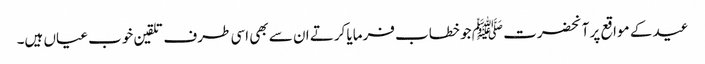
عید کے مواقع پر آنحضرت ﷺ جو خطاب فرمایا کرتے ان سے بھی اسی طرف تلقین خوب عیاں ہیں۔